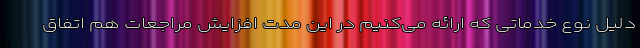
دلیل نوع خدماتی که ارائه می‌کنیم در این مدت افزایش مراجعات هم اتفاق